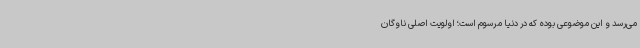
می‌رسد و این موضوعی بوده که در دنیا مرسوم است؛ اولویت اصلی ناوگان